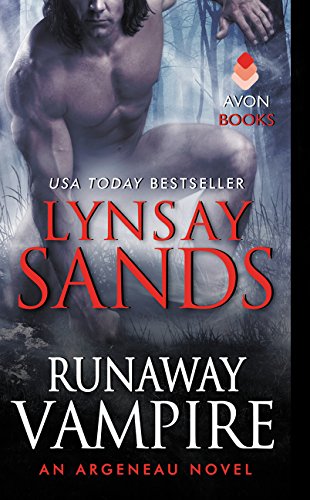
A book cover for Runaway Vampire: An Argeneau Novel (Argeneau Vampire); Lynsay Sands; Romance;